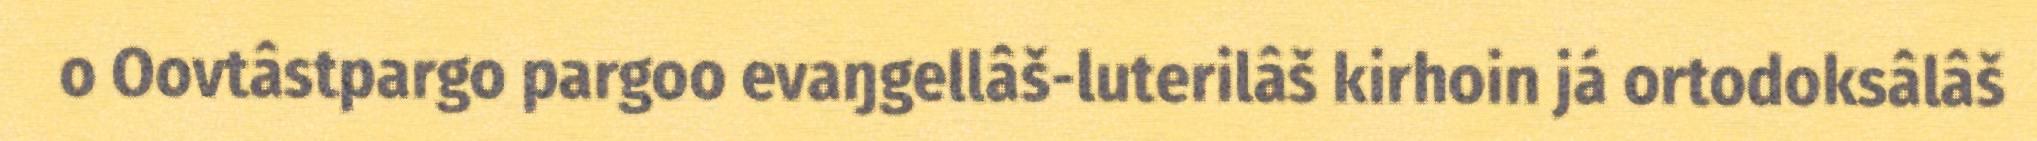
o Oovtâstpargo pargoo evaŋgellâš-luterilâš kirhoin já ortodoksâlâš